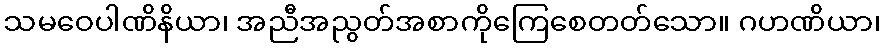
သမဝေပါဏိနိယာ၊ အညီအညွတ်အစာကိုကြေစေတတ်သော။ ဂဟဏိယာ၊